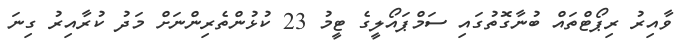
ވާއިރު ރިޕޯޓްތައް ބުނާގޮތުގައި ސަމްޕައޯލީގެ ޓީމު 23 ކުޅުންތެރިންނަށް މަދު ކުރާއިރު ގިނަ